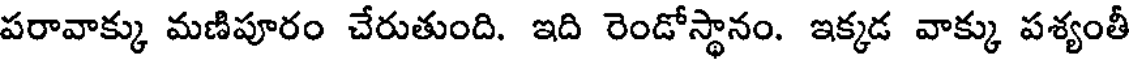
పరావాక్కు మణిపూరం చేరుతుంది. ఇది రెండోస్థానం. ఇక్కడ వాక్కు పశ్యంతీ